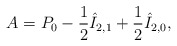
\begin{align*} A=P_0-\frac{1}{2}\hat{I}_{2,1}+\frac{1}{2}\hat{I}_{2,0},\end{align*}